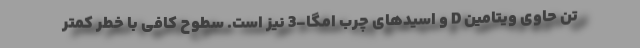
تن حاوی ویتامین D و اسیدهای چرب امگا-3 نیز است. سطوح کافی با خطر کمتر